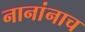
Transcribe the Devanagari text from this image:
नानांनाच